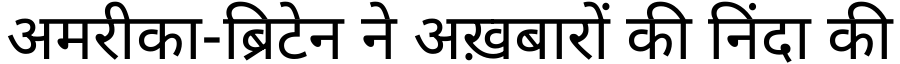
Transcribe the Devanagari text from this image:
अमरीका-ब्रिटेन ने अख़बारों की निंदा की